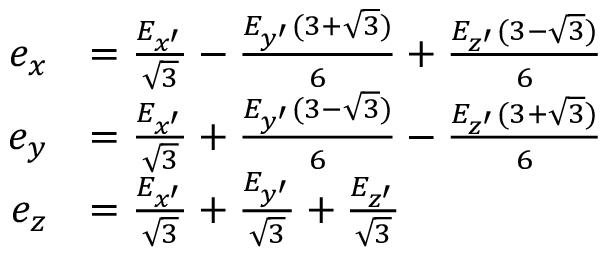
\begin{array} { r l } { e _ { x } } & { = \frac { E _ { x ^ { \prime } } } { \sqrt { 3 } } - \frac { E _ { y ^ { \prime } } ( 3 + \sqrt { 3 } ) } { 6 } + \frac { E _ { z ^ { \prime } } ( 3 - \sqrt { 3 } ) } { 6 } } \\ { e _ { y } } & { = \frac { E _ { x ^ { \prime } } } { \sqrt { 3 } } + \frac { E _ { y ^ { \prime } } ( 3 - \sqrt { 3 } ) } { 6 } - \frac { E _ { z ^ { \prime } } ( 3 + \sqrt { 3 } ) } { 6 } } \\ { e _ { z } } & { = \frac { E _ { x ^ { \prime } } } { \sqrt { 3 } } + \frac { E _ { y ^ { \prime } } } { \sqrt { 3 } } + \frac { E _ { z ^ { \prime } } } { \sqrt { 3 } } } \end{array}